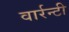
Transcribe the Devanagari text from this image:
वार्रन्टी